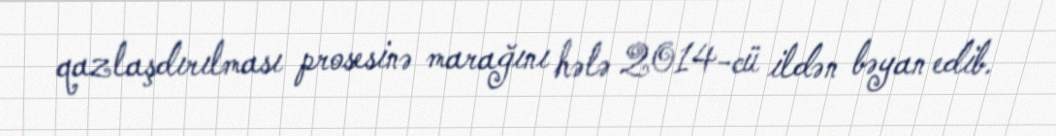
qazlaşdırılması prosesinə marağını hələ 2014-cü ildən bəyan edib.